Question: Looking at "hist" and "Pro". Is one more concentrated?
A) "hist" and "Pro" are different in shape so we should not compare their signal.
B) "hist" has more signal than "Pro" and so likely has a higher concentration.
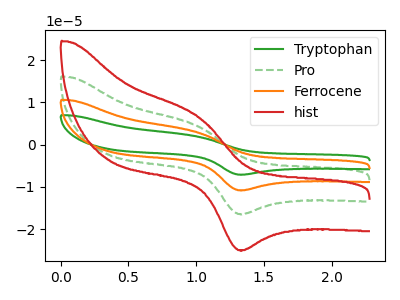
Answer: <think>The green curve "Tryptophan" has an anodic peak at (1.00V, 12.90uA) and a cathodic peak at (1.35V, -49.30uA). The green dashed curve "Pro" has an anodic peak at (1.00V, 4.30uA) and a cathodic peak at (1.35V, -16.45uA). The orange curve "Ferrocene" has an anodic peak at (1.00V, 8.60uA) and a cathodic peak at (1.35V, -32.85uA). The red curve "hist" has an anodic peak at (1.00V, 6.55uA) and a cathodic peak at (1.35V, -25.00uA).
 All the peaks in "hist" have a peak in "Pro" at the same potential. Every peak in "hist" is higher than every peak in "Pro".</think>
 <answer>B) "hist" has more signal than "Pro" and so likely has a higher concentration.</answer>
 <eval>B</eval>